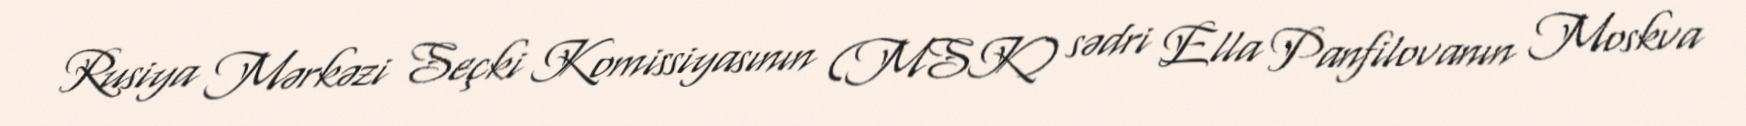
Rusiya Mərkəzi Seçki Komissiyasının (MSK) sədri Ella Panfilovanın Moskva